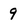
Character: 9